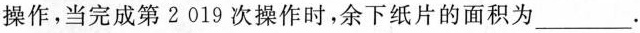
操作，当完成第 2 019 次操作时，余下纸片的面积为___.